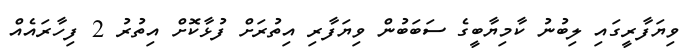
ވިޔަފާރީގައި ލިބުނު ކާމިޔާބީގެ ސަބަބުން ވިޔަފާރި އިތުރަށް ފުޅާކޮށް އިތުރު 2 ފިހާރައެއް